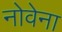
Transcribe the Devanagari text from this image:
नोवेना